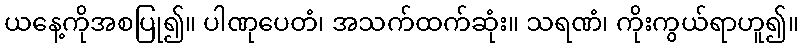
ယနေ့ကိုအစပြု၍။ ပါဏုပေတံ၊ အသက်ထက်ဆုံး။ သရဏံ၊ ကိုးကွယ်ရာဟူ၍။